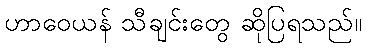
ဟာဝေယန် သီချင်းတွေ ဆိုပြရသည်။